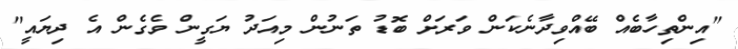
"އިންތިހާބެއް ބޭއްވިދާނެކަން ވަރަށް ބޮޑު ތަނުން މިއަދު ޔަގީން ވެގެން އެ ދިޔައީ"